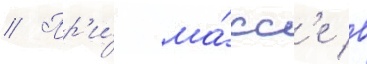
// Пр'и́ ма́сс'е в